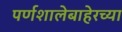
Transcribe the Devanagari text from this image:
पर्णशालेबाहेरच्या